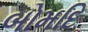
બોમદિ